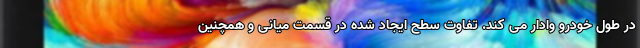
در طول خودرو وادار می کند. تفاوت سطح ایجاد شده در قسمت میانی و همچنین